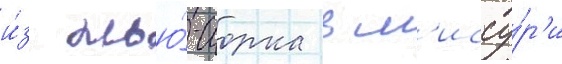
и́з нью́-иорка в м'иссу́р'и